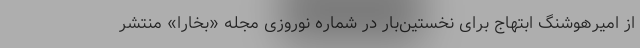
از امیرهوشنگ ابتهاج برای نخستین‌بار در شماره نوروزی مجله «بخارا» منتشر